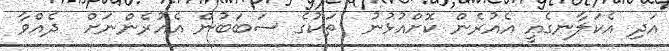
އަދި އެކަލާނގެއީ އެއުރެން ކޮށްއުޅުނު  ތަކުގެ ސަބަބުން އެއުރެންނަށް  ދެއްވާ